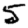
Digit: 5